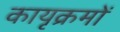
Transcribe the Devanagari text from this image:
कायृक्रमों